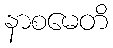
နာစမေတိ